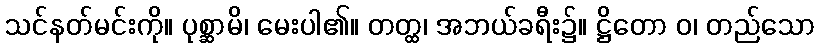
သင်နတ်မင်းကို။ ပုစ္ဆာမိ၊ မေးပါ၏။ တတ္ထ၊ အဘယ်ခရီး၌။ ဋ္ဌိတော ဝ၊ တည်သော